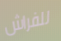
للفراش